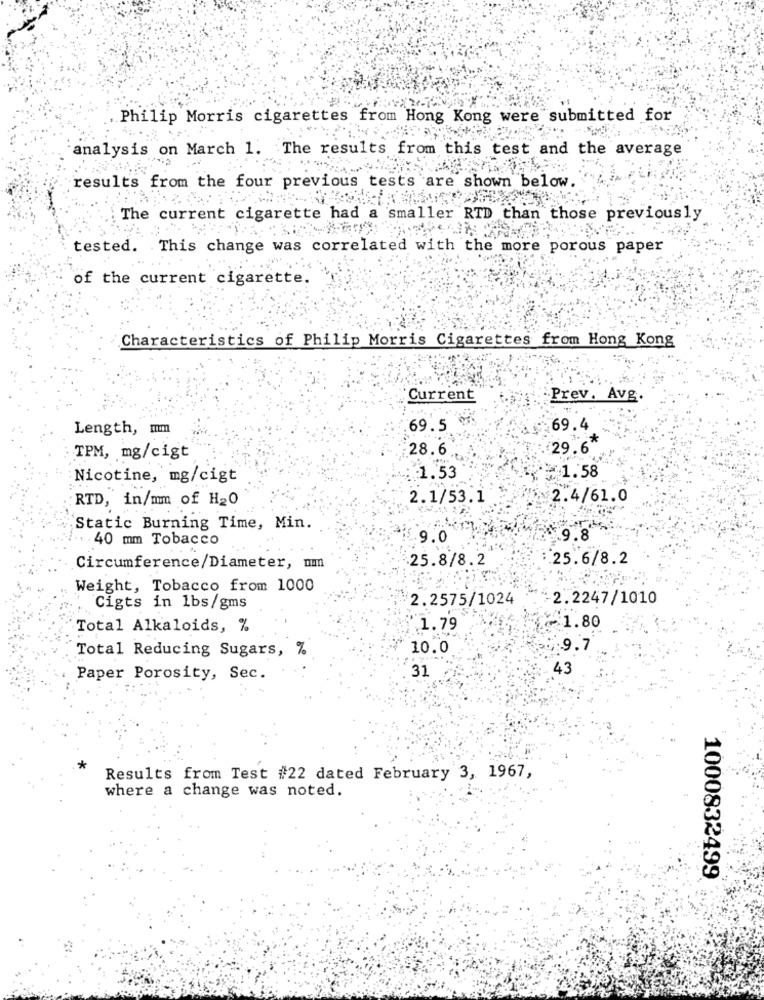
Philip Morris cigarettes from Hong Kong were submitted for
analysis on March 1. The results from this test and the average
results from the four previous tests are shown below.
The current cigarette had a smaller RTD than those previously
tested. This change was correlated with the more porous paper
of the current cigarette.
Characteristics of Philip Morris Cigarettes
from Hong Kong
Current
Prev. Avg.
Length, mm
.69.5
69.4
28.6
29 6*
TPM, mg/cigt
Nicotine, mg/cigt
.1.53
≥1.58
RTD, in/mm of H20
2.1/53.1
2.4/61.0
Static Burning Time, Min.
40 mm Tobacco
6.9.0
9.8
25.8/8.2
25.6/8.2
Circumference/Diameter, num
Weight, Tobacco from 1000
2.2575/1024
2.2247/1010
Cigts in lbs/gms
Total Alkaloids, %
1.79
~ 1.80
Total Reducing Sugars, %
10.0
9.7
43
Paper Porosity, Sec.
31
*
Results from Test #22 dated February 3, 1967,
where a change was noted.
1000832499